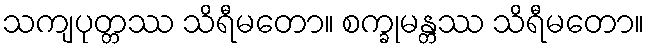
သကျပုတ္တဿ သိရီမတော။ စက္ခုမန္တဿ သိရီမတော။